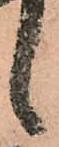
候